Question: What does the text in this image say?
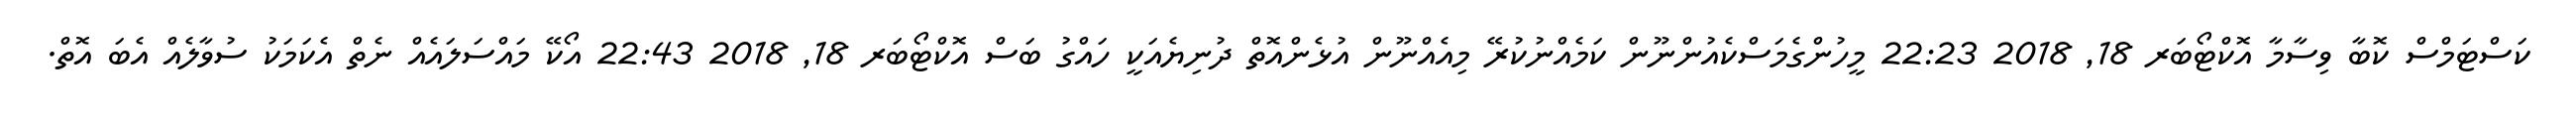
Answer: ކަސްޓަމްސް ކޮބާ ވިސާމާ އޮކްޓޯބަރ 18, 2018 22:23 މީހުންގެމަސްކެއުންނޫން ކަމެއްނުކުރޭ މިއެއްނޫން އުޅެންއޮތް ދުނިޔެއަކީ ހައްގު ބަސް އޮކްޓޯބަރ 18, 2018 22:43 އޯކޭ މައްސަލައެއް ނެތް އެކަމަކު ސުވާލެއް އެބަ އޮތް.